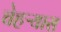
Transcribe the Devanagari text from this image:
चेहऱ्यास